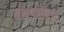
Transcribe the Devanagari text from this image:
बारफोर्ड